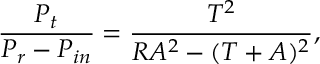
\frac { P _ { t } } { P _ { r } - P _ { i n } } = \frac { T ^ { 2 } } { R A ^ { 2 } - ( T + A ) ^ { 2 } } ,